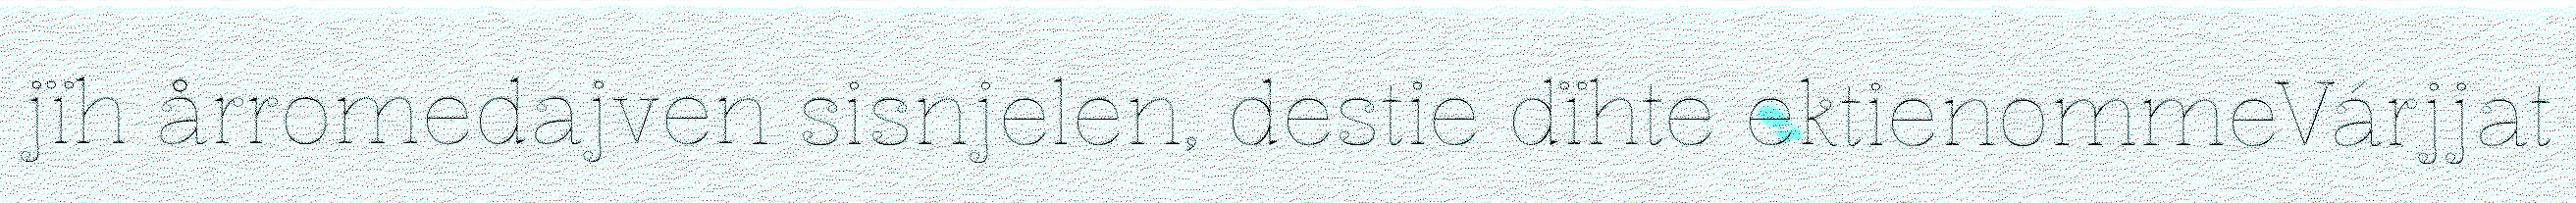
jïh årromedajven sisnjelen, destie dïhte ektienommeVárjjat